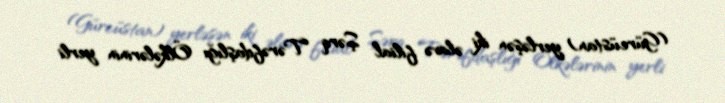
(Gürcüstan) yerləşən iki əlavə filial Şərq Tərəfdaşlığı Ölkələrinin yerli